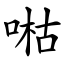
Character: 喖